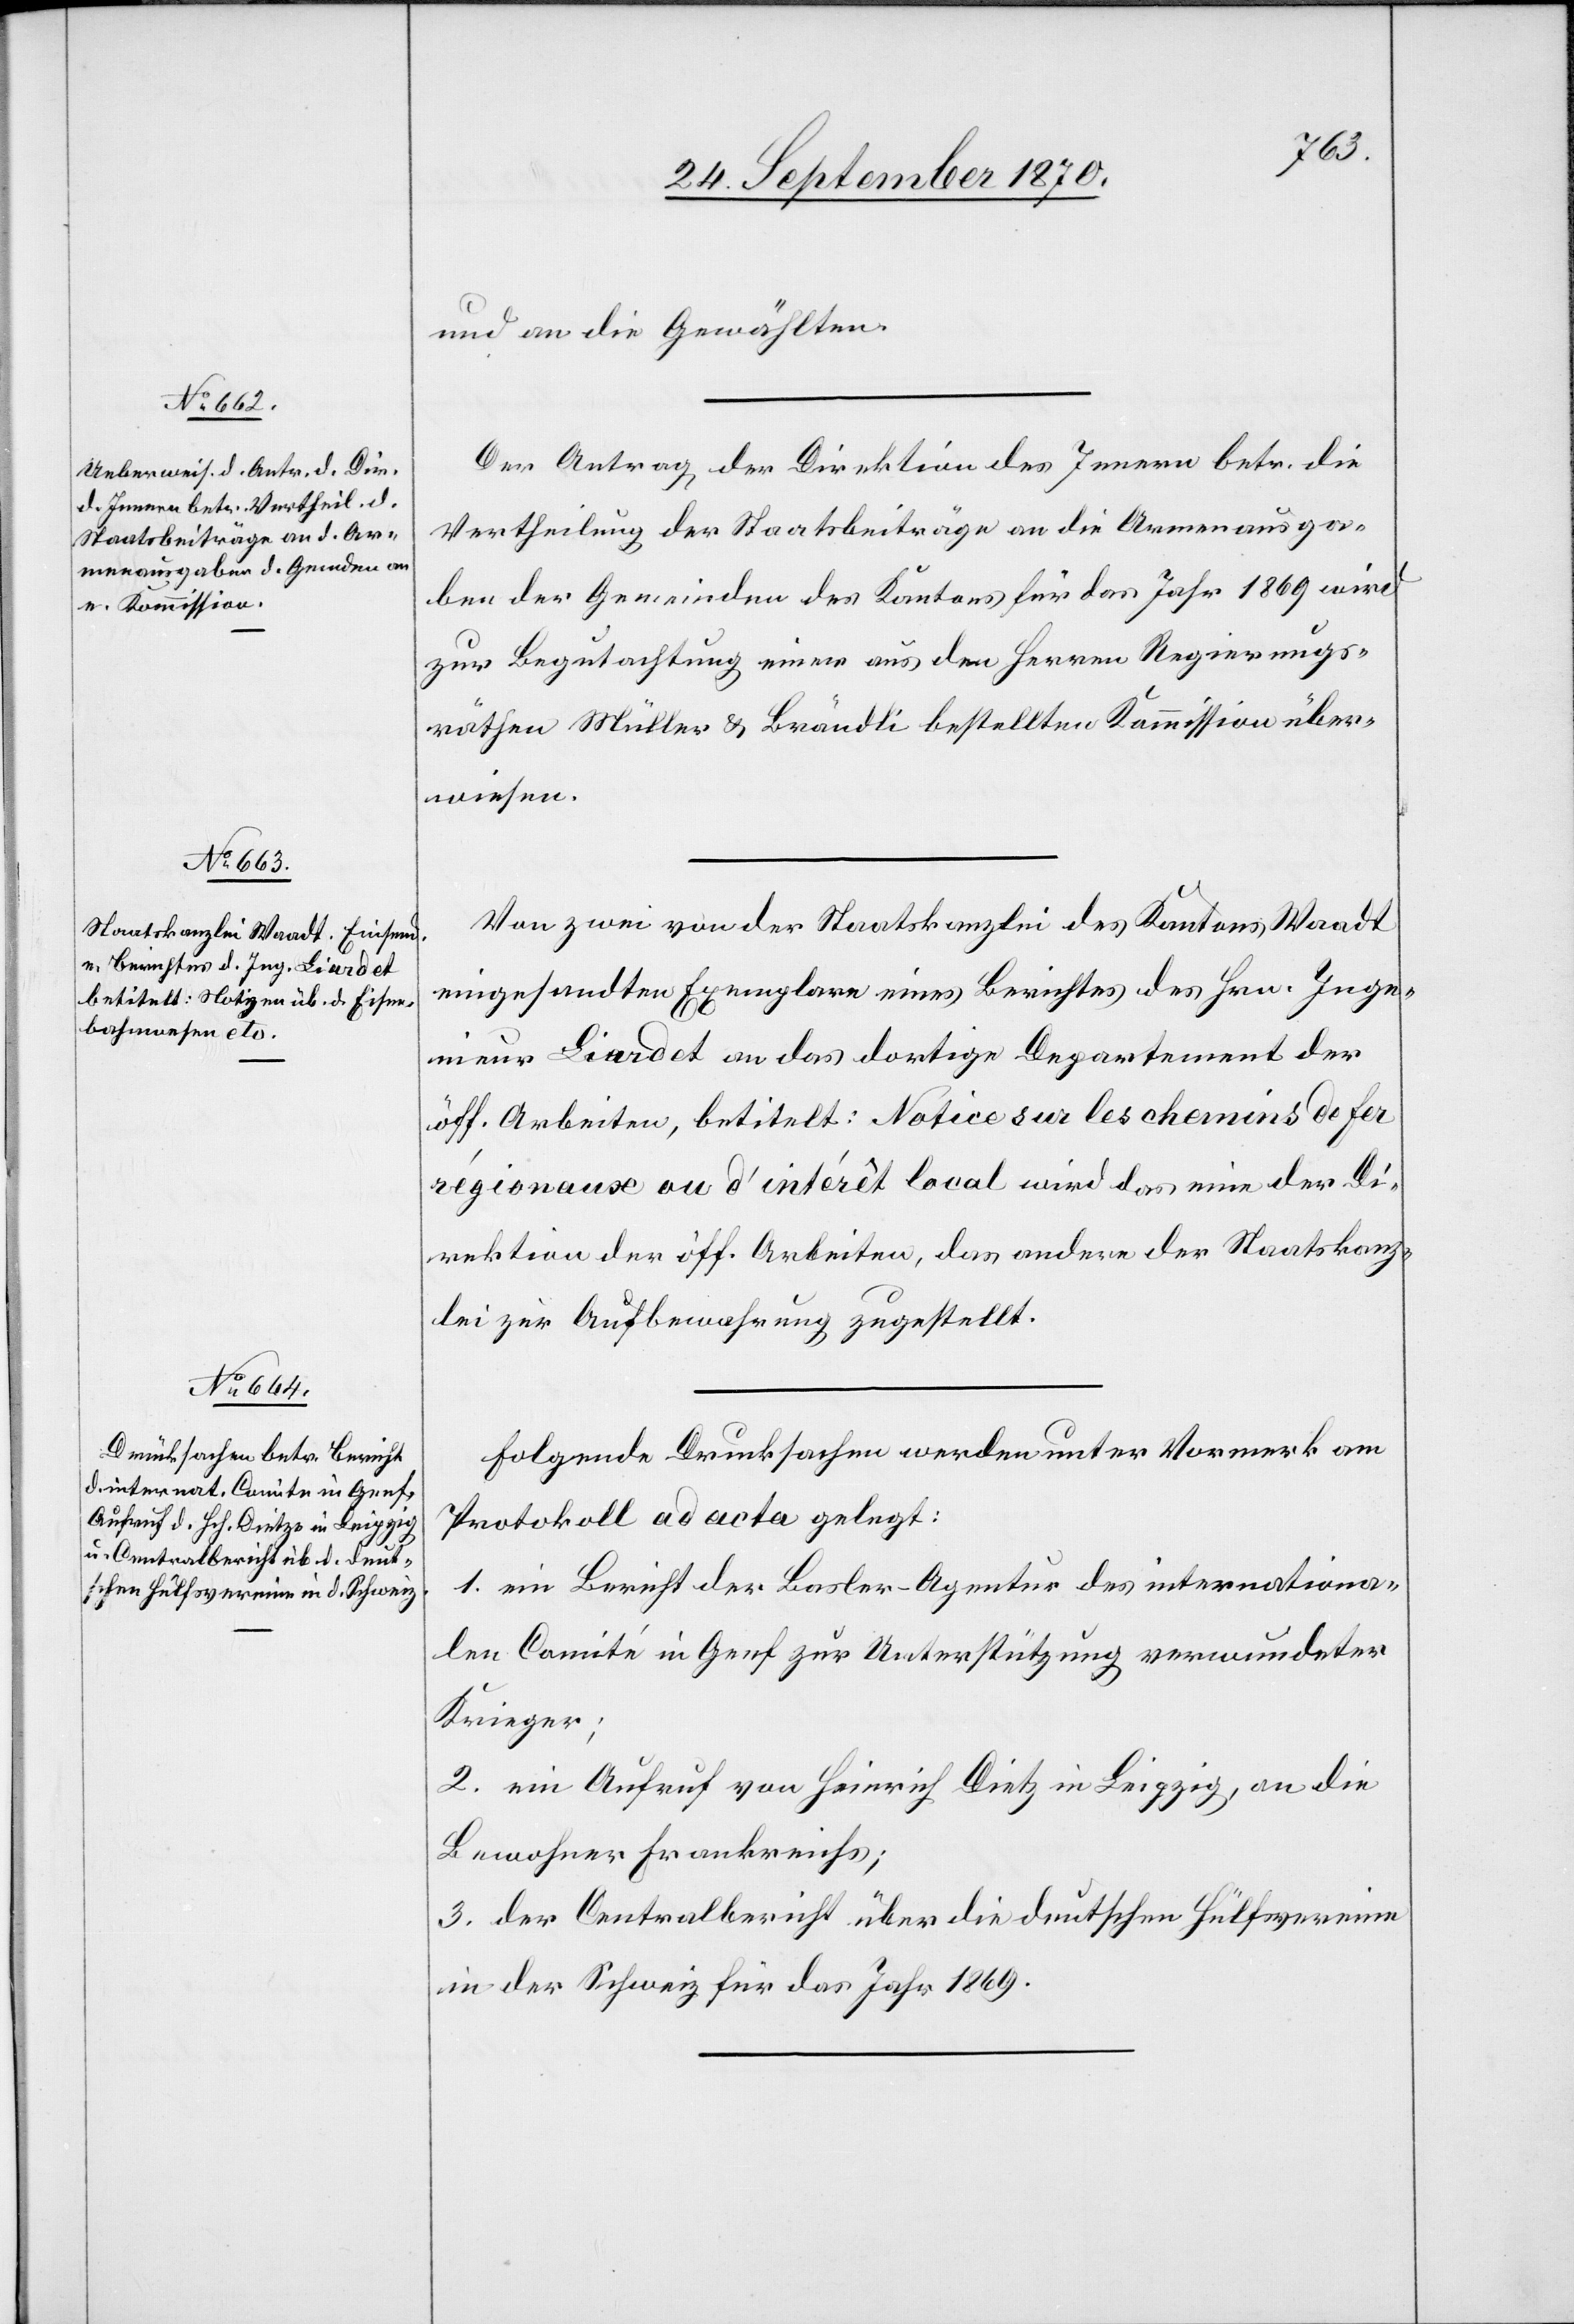
und an die Gewählten.
Der Antrag der Direktion des Innern betr. die
Vertheilung der Staatsbeiträge an die Armenausga¬
ben der Gemeinden des Kantons für das Jahr 1869 wird
zur Begutachtung einer aus den Herren Regierungs¬
räthen Müller & Brändli bestellten Kommission über¬
wiesen.
Von zwei von der Staatskanzlei des Kantons Waadt
eingesandten Exemplare eines Berichtes des Hrn. Inge¬
nieur Liardet an das dortige Departement der
öff. Arbeiten, betitelt: Notices sur les chemins de fer
régionaux ou d’intérêt local wird das eine der Di¬
rektion der öff. Arbeiten, das andere der Staatskanz¬
lei zur Aufbewahrung zugestellt.
Folgende Drucksachen werden unter Vormerk am
Protokoll ad acta gelegt.
1. ein Bericht der Basler-Agentur des internationa¬
len Comité in Genf zur Unterstützung verwundeter
Krieger;
2. ein Aufruf von Heinrich Dietz [sic!] in Leipzig, an die
Bewohner Frankreichs;
3. der Centralbericht über die deutschen Hülfsvereine
in der Schweiz für das Jahr 1869.